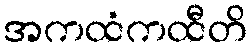
အကထံကထီတိ